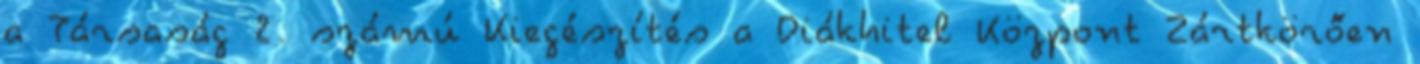
a Társaság 2. számú Kiegészítés a Diákhitel Központ Zártkörően